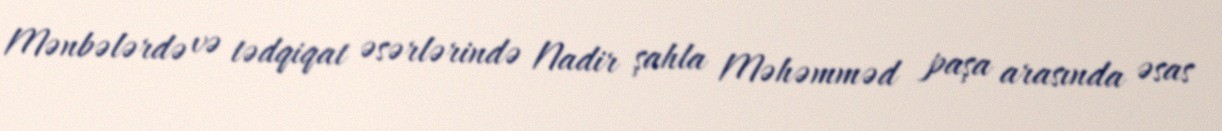
Mənbələrdə və tədqiqat əsərlərində Nadir şahla Məhəmməd paşa arasında əsas